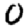
Digit: 0